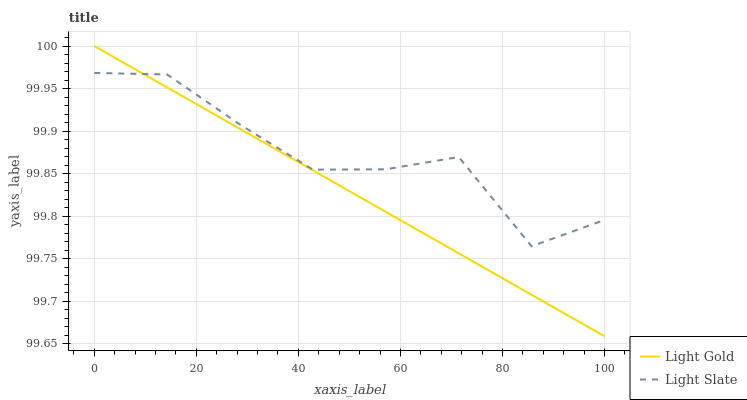
| xaxis_label | Light Gold | Light Slate |
 | --- | --- | --- |
 | 0 | 100 | 100 |
 | 14.3 | 100 | 100 |
 | 28.6 | 99.9 | 99.9 |
 | 42.9 | 99.9 | 99.9 |
 | 57.1 | 99.8 | 99.9 |
 | 71.4 | 99.8 | 99.9 |
 | 85.7 | 99.7 | 99.8 |
 | 100 | 99.7 | 99.8 |